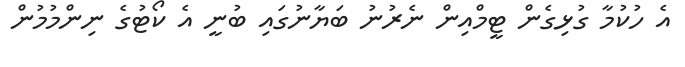
އެ ހުކުމާ ގުޅިގެން ޓީމްއިން ނެރުނު ބަޔާނުގައި ބުނީ އެ ކޯޓުގެ ނިންމުމުން